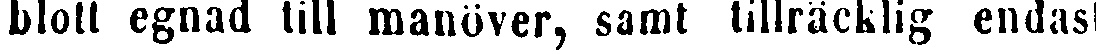
blott egnad till manöver, samt tillräcklig endast